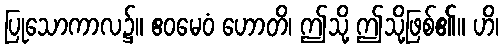
ပြုသောကာလ၌။ ဧဝမေဝံ ဟောတိ၊ ဤသို့ ဤသို့ဖြစ်၏။ ဟိ၊